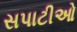
સપાટીઓ